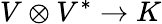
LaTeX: V\otimes V^{*}\to K